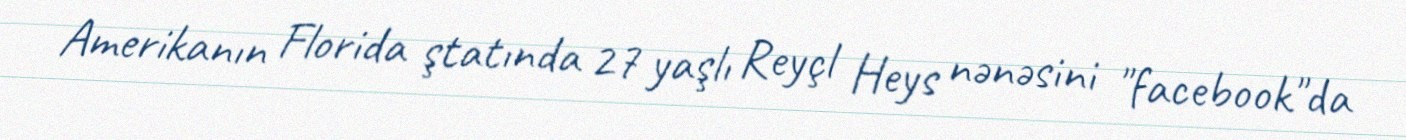
Amerikanın Florida ştatında 27 yaşlı Reyçl Heys nənəsini "facebook"da